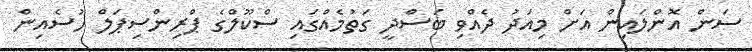
ސަން އޮންލައިން އަށް މިއަދު ދެއްވި ބަސްދީ ގަތުމެއްގައި ސްކޫލްގެ ޕްރިންސިޕަލް ހުސެއިން